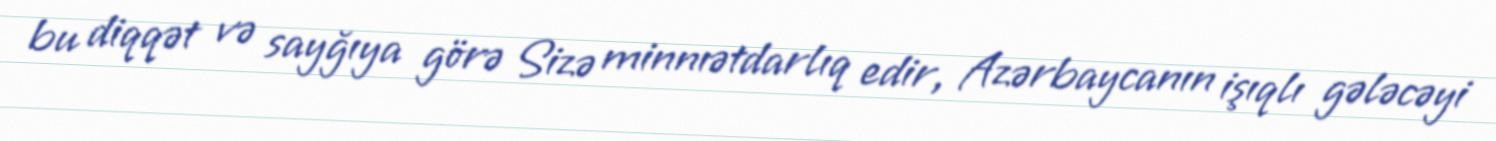
bu diqqət və sayğıya görə Sizə minnıətdarlıq edir, Azərbaycanın işıqlı gələcəyi